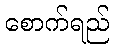
စောက်ရည်